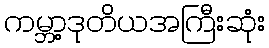
ကမ္ဘာ့ဒုတိယအကြီးဆုံး